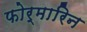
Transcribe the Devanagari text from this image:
फोर्मारिन